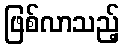
ဖြစ်လာသည့်